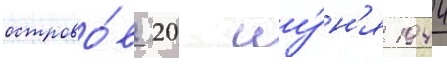
острово́в 20 иу́н'я 1944